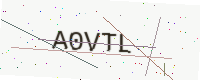
Text: A0VTL